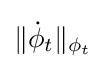
\|{\dot {\phi }}_{t}\|_{\phi _{t}}